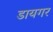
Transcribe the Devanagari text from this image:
डायगर